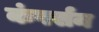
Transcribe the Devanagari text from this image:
कंपर्सन